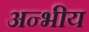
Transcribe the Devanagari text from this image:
अन्भीय